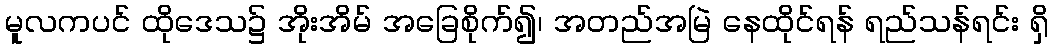
မူလကပင် ထိုဒေသ၌ အိုးအိမ် အခြေစိုက်၍၊ အတည်အမြဲ နေထိုင်ရန် ရည်သန်ရင်း ရှိ